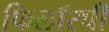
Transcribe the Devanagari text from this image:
फिलॉस्पी